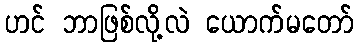
ဟင် ဘာဖြစ်လို့လဲ ယောက်မတော်